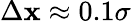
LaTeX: \Delta\mathbf{x}\approx0.1\sigma